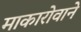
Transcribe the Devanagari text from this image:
माकारोवाने